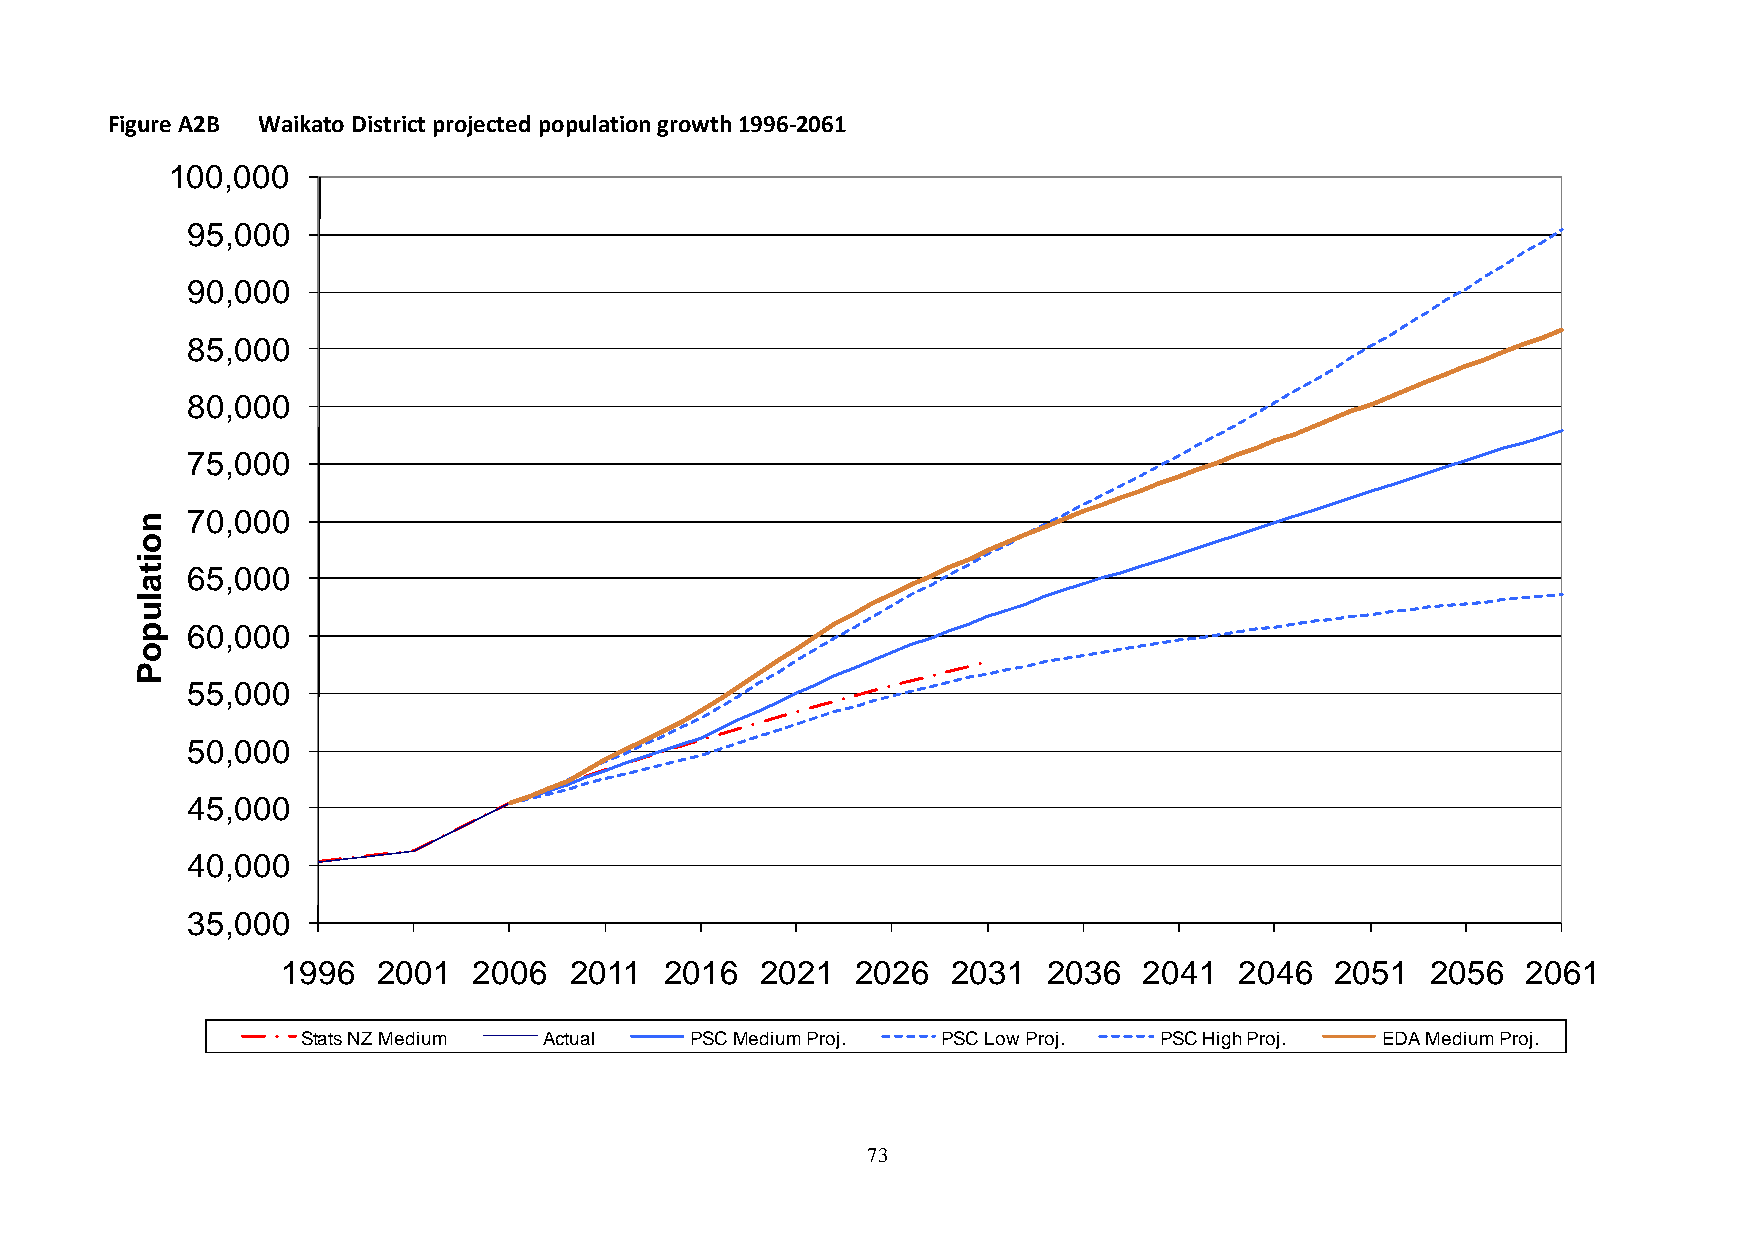
Figure A2B Waikato District projected population growth 1996-2061
 100,000
 95,000
 90,000
 85,000
 80,000
 75,000
 n  70,000
 o
 i
 t  65,000
 a
 l
 u
 p  60,000
 o
 P
 55,000
 50,000
 45,000
 40,000
 35,000
 1996  2001  2006   2011  2016  2021   2026  2031  2036   2041  2046  2051   2056  2061
 Stats NZ Medium Actual    PSC Medium Proj. PSC Low Proj. PSC High Proj. EDA Medium Proj.
 73